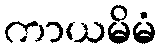
ကာယမိမံ